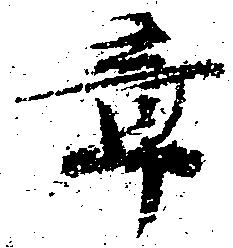
章